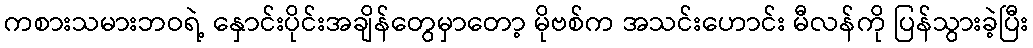
ကစားသမားဘဝရဲ့ နှောင်းပိုင်းအချိန်တွေမှာတော့ မိုဗစ်က အသင်းဟောင်း မီလန်ကို ပြန်သွားခဲ့ပြီး